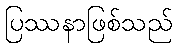
ပြဿနာဖြစ်သည်